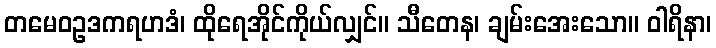
တမေဝဥဒကရဟဒံ၊ ထိုရေအိုင်ကိုယ်လျှင်။ သီတေန၊ ချမ်းအေးသော။ ဝါရိနာ၊